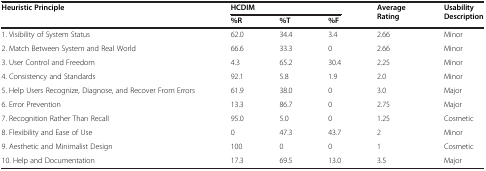
<table><thead><tr><td rowspan="2"><b>Heuristic Principle</b></td><td colspan="3"><b>HCDIM</b></td><td rowspan="2"><b>Average Rating</b></td><td rowspan="2"><b>Usability Description</b></td></tr><tr><td><b>%R</b></td><td><b>%T</b></td><td><b>%F</b></td></tr></thead><tbody><tr><td>1. Visibility of System Status</td><td>62.0</td><td>34.4</td><td>3.4</td><td>2.66</td><td>Minor</td></tr><tr><td>2. Match Between System and Real World</td><td>66.6</td><td>33.3</td><td>0</td><td>2.66</td><td>Minor</td></tr><tr><td>3. User Control and Freedom</td><td>4.3</td><td>65.2</td><td>30.4</td><td>2.25</td><td>Minor</td></tr><tr><td>4. Consistency and Standards</td><td>92.1</td><td>5.8</td><td>1.9</td><td>2.0</td><td>Minor</td></tr><tr><td>5. Help Users Recognize, Diagnose, and Recover From Errors</td><td>61.9</td><td>38.0</td><td>0</td><td>3.0</td><td>Major</td></tr><tr><td>6. Error Prevention</td><td>13.3</td><td>86.7</td><td>0</td><td>2.75</td><td>Major</td></tr><tr><td>7. Recognition Rather Than Recall</td><td>95.0</td><td>5.0</td><td>0</td><td>1.25</td><td>Cosmetic</td></tr><tr><td>8. Flexibility and Ease of Use</td><td>0</td><td>47.3</td><td>43.7</td><td>2</td><td>Minor</td></tr><tr><td>9. Aesthetic and Minimalist Design</td><td>100</td><td>0</td><td>0</td><td>1</td><td>Cosmetic</td></tr><tr><td>10. Help and Documentation</td><td>17.3</td><td>69.5</td><td>13.0</td><td>3.5</td><td>Major</td></tr></tbody></table>